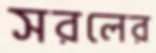
সরলের